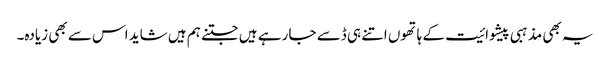
یہ بھی مذہبی پیشوائیت کے ہاتھوں اتنے ہی ڈسے جا رہے ہیں جتنے ہم ہیں شاید اس سے بھی زیادہ۔